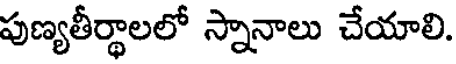
పుణ్యతీర్థాలలో స్నానాలు చేయాలి.